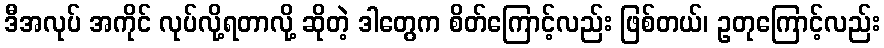
ဒီအလုပ် အကိုင် လုပ်လို့ရတာလို့ ဆိုတဲ့ ဒါတွေက စိတ်ကြောင့်လည်း ဖြစ်တယ်၊ ဥတုကြောင့်လည်း